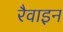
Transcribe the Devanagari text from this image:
रैवाइन